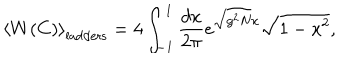
\left< W ( C ) \right> _ { \mathrm { l a d d e r s } } = 4 \int _ { - 1 } ^ { 1 } \frac { d x } { 2 \pi } e ^ { \sqrt { g ^ { 2 } N } x } \sqrt { 1 - x ^ { 2 } } ,